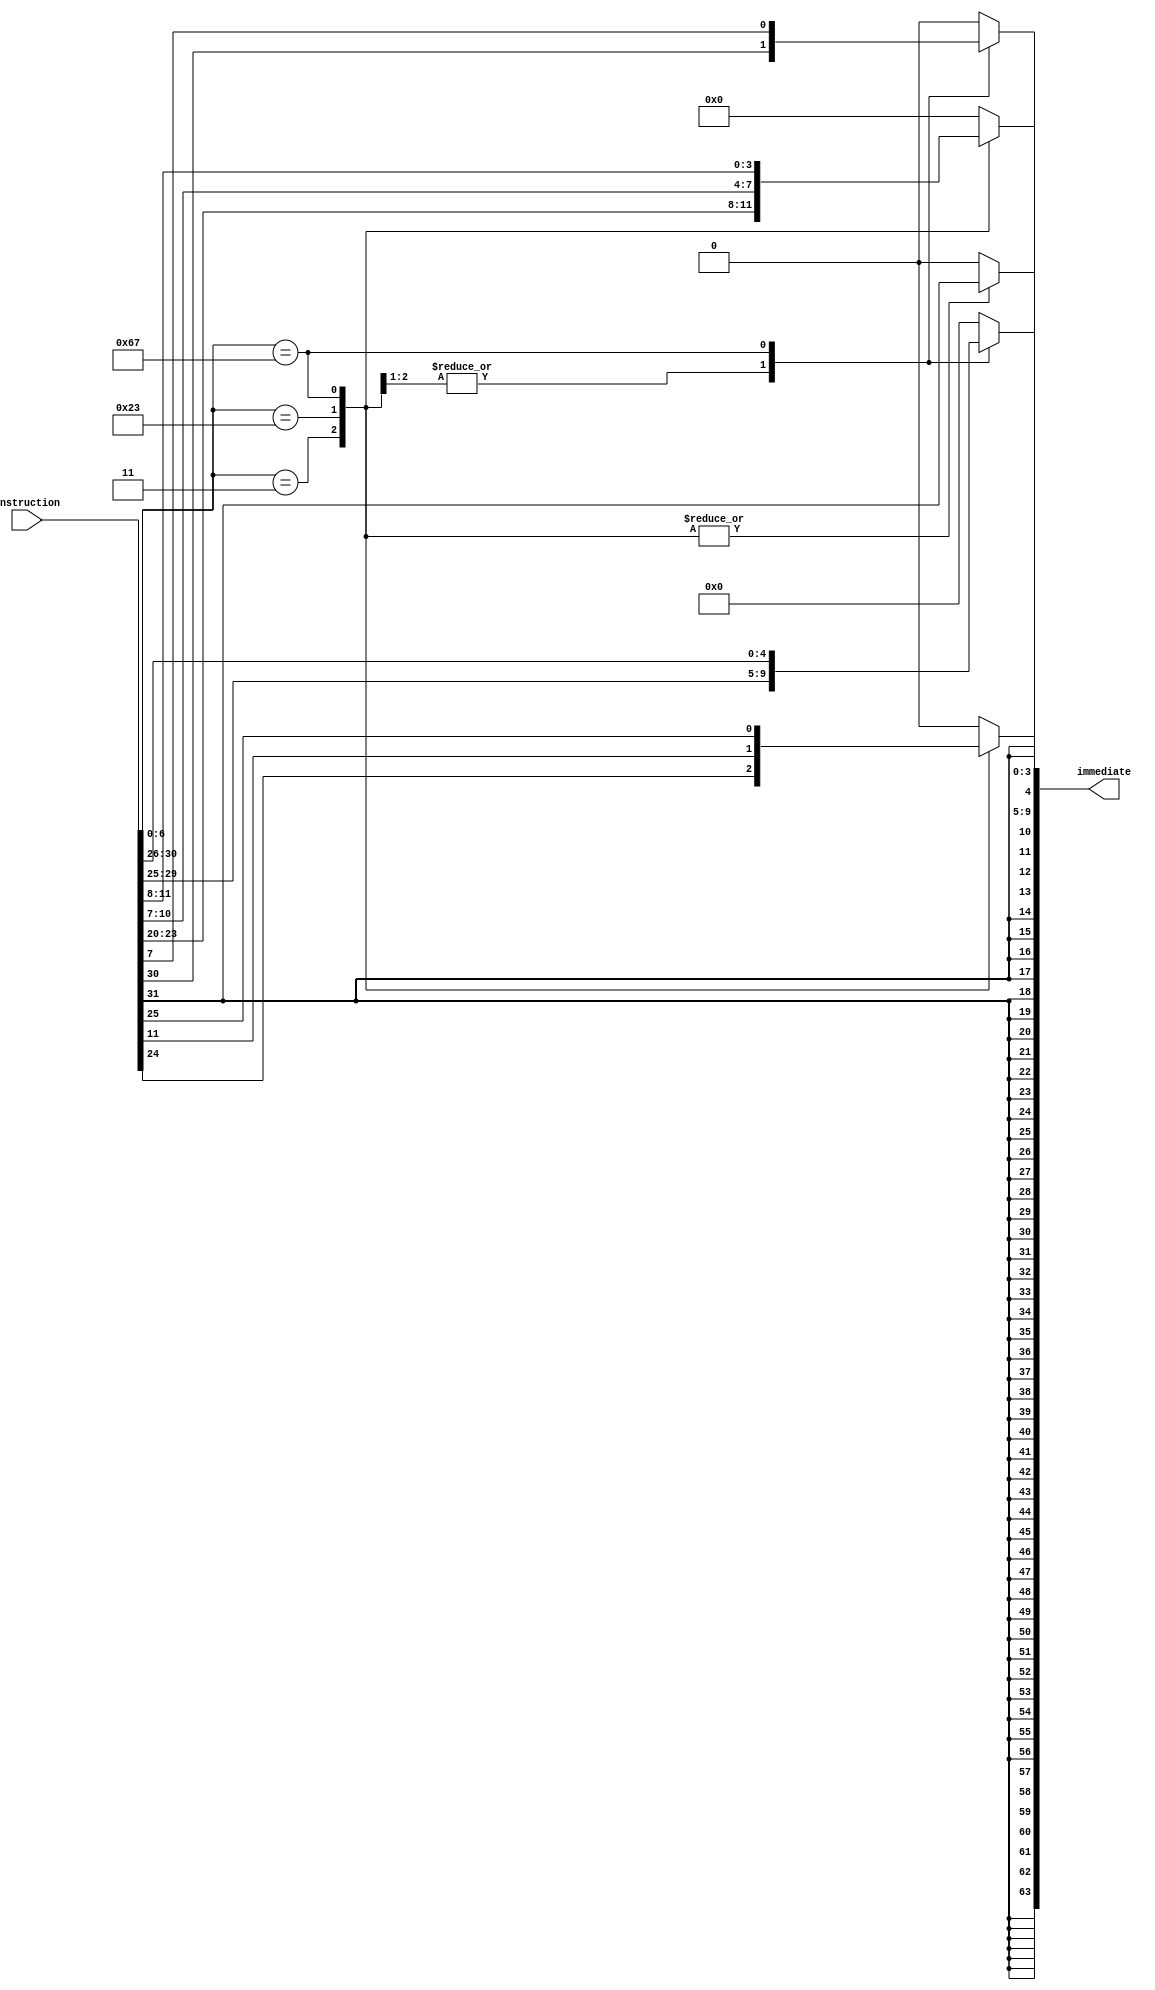
module immGenerator(
             input [31:0] instruction,
             output reg [63:0] immediate);

    integer i;
	
	always @(*) begin
	
		case(instruction[6:0])
			7'b0000011 : immediate[11:0] = instruction[31:20];
			7'b0100011 : 
				begin
					immediate[11:5] = instruction[31:25];
					immediate[4:0] = instruction[11:7];
				end
			7'b1100111 : begin
					immediate[11] = instruction[31];
					immediate[9:4] = instruction[30:25];
					immediate[3:0] = instruction[11:8];
					immediate[10] = instruction[7];
			end
			default:immediate[63:0]=0;
		endcase
		
		for (i = 12 ; i < 64; i = i + 1)
             immediate[i] = instruction[31];
				
	end
endmodule